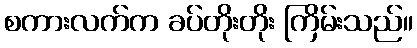
စကားလက်က ခပ်တိုးတိုး ကြိမ်းသည်။